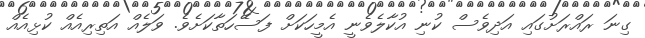
ގިނަ ރައްރަށުގައި އަދިވެސް ކުނި އުކާލެވެނީ އެމީހަކަށް ފަސޭހަތާކަށެވެ. ވަލެއް އަތިރިއެއް ކުޅިއެއް